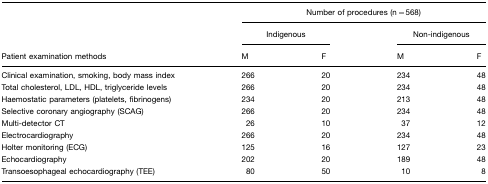
|  | <COLSPAN=4> Number of procedures (n=568) |
 |  | <COLSPAN=2> Indigenous | <COLSPAN=2> Non-indigenous |
 | Patient examination methods | M | F | M | F |
 | --- | --- | --- | --- | --- |
 | Clinical examination, smoking, body mass index | 266 | 20 | 234 | 48 |
 | Total cholesterol, LDL, HDL, triglyceride levels | 266 | 20 | 234 | 48 |
 | Haemostatic parameters (platelets, fibrinogens) | 234 | 20 | 213 | 48 |
 | Selective coronary angiography (SCAG) | 266 | 20 | 234 | 48 |
 | Multi-detector CT | 26 | 10 | 37 | 12 |
 | Electrocardiography | 266 | 20 | 234 | 48 |
 | Holter monitoring (ECG) | 125 | 16 | 127 | 23 |
 | Echocardiography | 202 | 20 | 189 | 48 |
 | Transoesophageal echocardiography (TEE) | 80 | 50 | 10 | 8 |